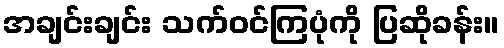
အချင်းချင်း သက်ဝင်ကြပုံကို ပြဆိုခန်း။